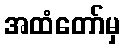
အထံတော်မှ